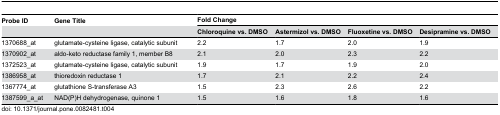
<table><thead><tr><td><b>Probe ID</b></td><td><b>Gene Title</b></td><td colspan="4"><b>Fold Change</b></td></tr><tr><td></td><td></td><td><b>Chloroquine vs. DMSO</b></td><td><b>Astermizol vs. DMSO</b></td><td><b>Fluoxetine vs. DMSO</b></td><td><b>Desipramine vs. DMSO</b></td></tr></thead><tbody><tr><td>1370688_at</td><td>glutamate-cysteine ligase, catalytic subunit</td><td>2.2</td><td>1.7</td><td>2.0</td><td>1.9</td></tr><tr><td>1370902_at</td><td>aldo-keto reductase family 1, member B8</td><td>2.1</td><td>2.0</td><td>2.3</td><td>2.2</td></tr><tr><td>1372523_at</td><td>glutamate-cysteine ligase, catalytic subunit</td><td>1.9</td><td>1.7</td><td>1.9</td><td>2.0</td></tr><tr><td>1386958_at</td><td>thioredoxin reductase 1</td><td>1.7</td><td>2.1</td><td>2.2</td><td>2.4</td></tr><tr><td>1367774_at</td><td>glutathione S-transferase A3</td><td>1.5</td><td>2.3</td><td>2.6</td><td>2.2</td></tr><tr><td>1387599_a_at</td><td>NAD(P)H dehydrogenase, quinone 1</td><td>1.5</td><td>1.6</td><td>1.8</td><td>1.6</td></tr></tbody></table>